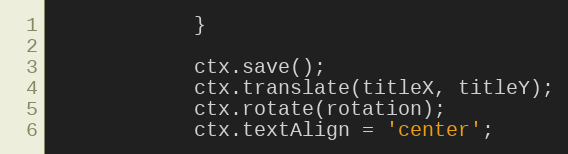
Language: JavaScript
			}

			ctx.save();
			ctx.translate(titleX, titleY);
			ctx.rotate(rotation);
			ctx.textAlign = 'center';